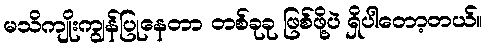
မသိကျိုးကျွန်ပြုနေတာ တစ်ခုခု ဖြစ်ဖို့ပဲ ရှိပါတော့တယ်။